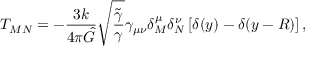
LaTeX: T _ { M N } = - \frac { 3 k } { 4 \pi \hat { G } } \sqrt { \frac { \tilde { \gamma } } { \gamma } } \gamma _ { \mu \nu } \delta _ { M } ^ { \mu } \delta _ { N } ^ { \nu } \left[ \delta ( y ) - \delta ( y - R ) \right] ,